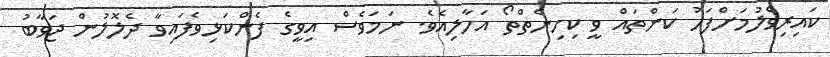
ކައިރިވެލުމަށްފަހު ކަންތައް ވީ ކިހިނެތްތޯ އަހާލިއެވެ. ނަމަވެސް އިވީގެ ފެންކަޅިވެފައިވާ ދެލޮލުން ޖަވާބު